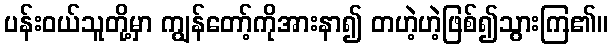
ပန်းဝယ်သူတို့မှာ ကျွန်တော့်ကိုအားနာ၍ တဟဲ့ဟဲ့ဖြစ်၍သွားကြ၏။